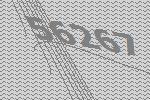
56267